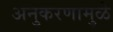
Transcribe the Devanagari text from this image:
अनुकरणामुळे